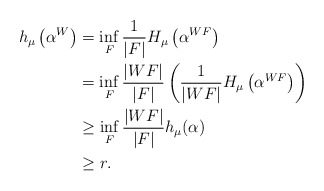
\begin{align*} h_\mu\left(\alpha^W \right) &= \inf_F \frac{1}{|F|} H_\mu\left(\alpha^{WF} \right) \\ & = \inf_F \frac{|WF|}{|F|} \left( \frac{1}{|WF|} H_\mu \left(\alpha^{WF} \right)\right) \\& \geq \inf_F \frac{|WF|}{|F|} h_\mu(\alpha) \\ & \geq r. \end{align*}